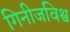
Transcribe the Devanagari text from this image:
गिनीजविश्व